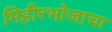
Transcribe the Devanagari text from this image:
मिहीरभोजाचा